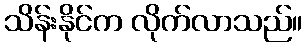
သိန်းနိုင်က လိုက်လာသည်။